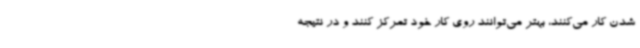
شدن کار می‌کنند، بهتر می‌توانند روی کار خود تمرکز کنند و در نتیجه